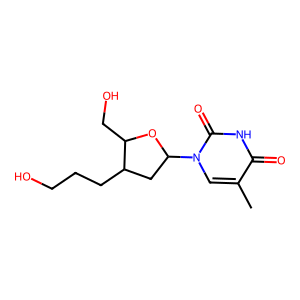
SMILES: Cc1cn(C2CC(CCCO)C(CO)O2)c(=O)[nH]c1=O
Inhibits HIV replication: No